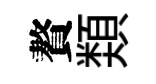
贅𩔖